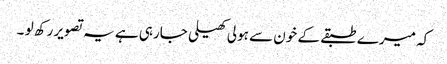
کہ میرے طبقے کے خون سے ہولی کھیلی جارہی ہے یہ تصویر رکھ لو ۔